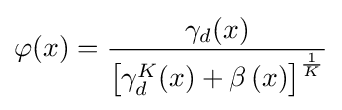
{\varphi }(x)={\frac {\gamma _{d}(x)}{{\left[{\gamma _{d}^{K}(x)+\beta \left(x\right)}\right]}^{\frac {1}{K}}}}